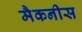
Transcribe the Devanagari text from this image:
मैकनीस